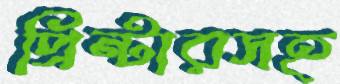
প্রিন্টারসহ